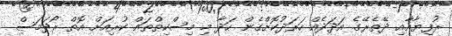
ރުފިޔާއާއި ދޭތެރޭގެ އަދަދެއް ހަރަދުކޮށްގެން ހަދާ މި މިސްކިތްތައް ކުރިއަށް އޮތް ރޯދަމަސް